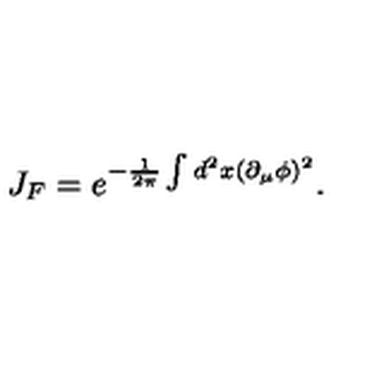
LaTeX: J _ { F } = e ^ { - \frac { 1 } { 2 \pi } \int d ^ { 2 } x ( \partial _ { \mu } \phi ) ^ { 2 } } .